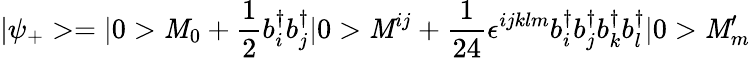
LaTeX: |\psi_{+}>=|0>\mathit{M}_{0}+\frac{{1}}{{2}}b_{i}^{\dagger}b_{j}^{\dagger}|0>\mathit{M}^{ij}+\frac{{1}}{{24}}\epsilon^{ijklm}b_{i}^{\dagger}b_{j}^{\dagger}b_{k}^{\dagger}b_{l}^{\dagger}|0>\mathit{M}_{m}^{\prime}